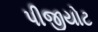
પીજીયોટ